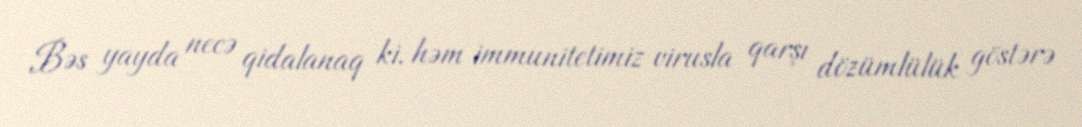
Bəs yayda necə qidalanaq ki, həm immunitetimiz virusla qarşı dözümlülük göstərə